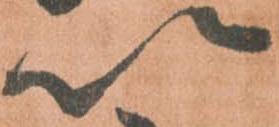
以